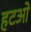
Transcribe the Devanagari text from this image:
हटओ